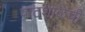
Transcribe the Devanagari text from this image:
पाठशाळेची